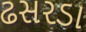
ઢસરડા